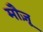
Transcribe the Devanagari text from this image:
मौज़ू